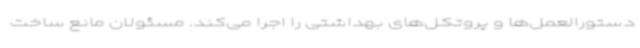
دستورالعمل‌ها و پروتکل‌های بهداشتی را اجرا می‌کند. مسئولان مانع ساخت